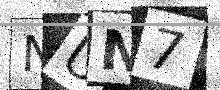
Text: NUN7